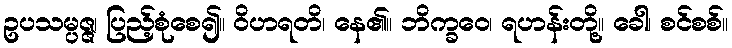
ဥပသမ္ပဇ္ဇ၊ ပြည့်စုံစေ၍။ ဝိဟရတိ၊ နေ၏။ ဘိက္ခဝေ၊ ရဟန်းတို့။ ခေါ၊ စင်စစ်။